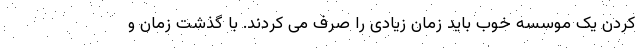
کردن یک موسسه خوب باید زمان زیادی را صرف می کردند. با گذشت زمان و